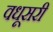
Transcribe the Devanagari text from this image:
वधूसरी